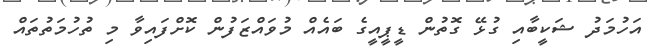
އަހުމަދު ޝަކީބާއި ގުޅޭ ގޮތުން ޑީޕީއީގެ ބައެއް މުވައްޒަފުން ކޮށްފައިވާ މި ތުހުމަތުތައް